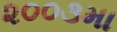
૨૦૦૩મા